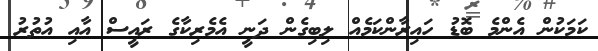
ކަމަކުން އެންމެ ބޮޑު ހައިރާންކަމެއް ލިބިގެން ދަނީ އެމެރިކާގެ ރައީސް އާއި އުތުރު